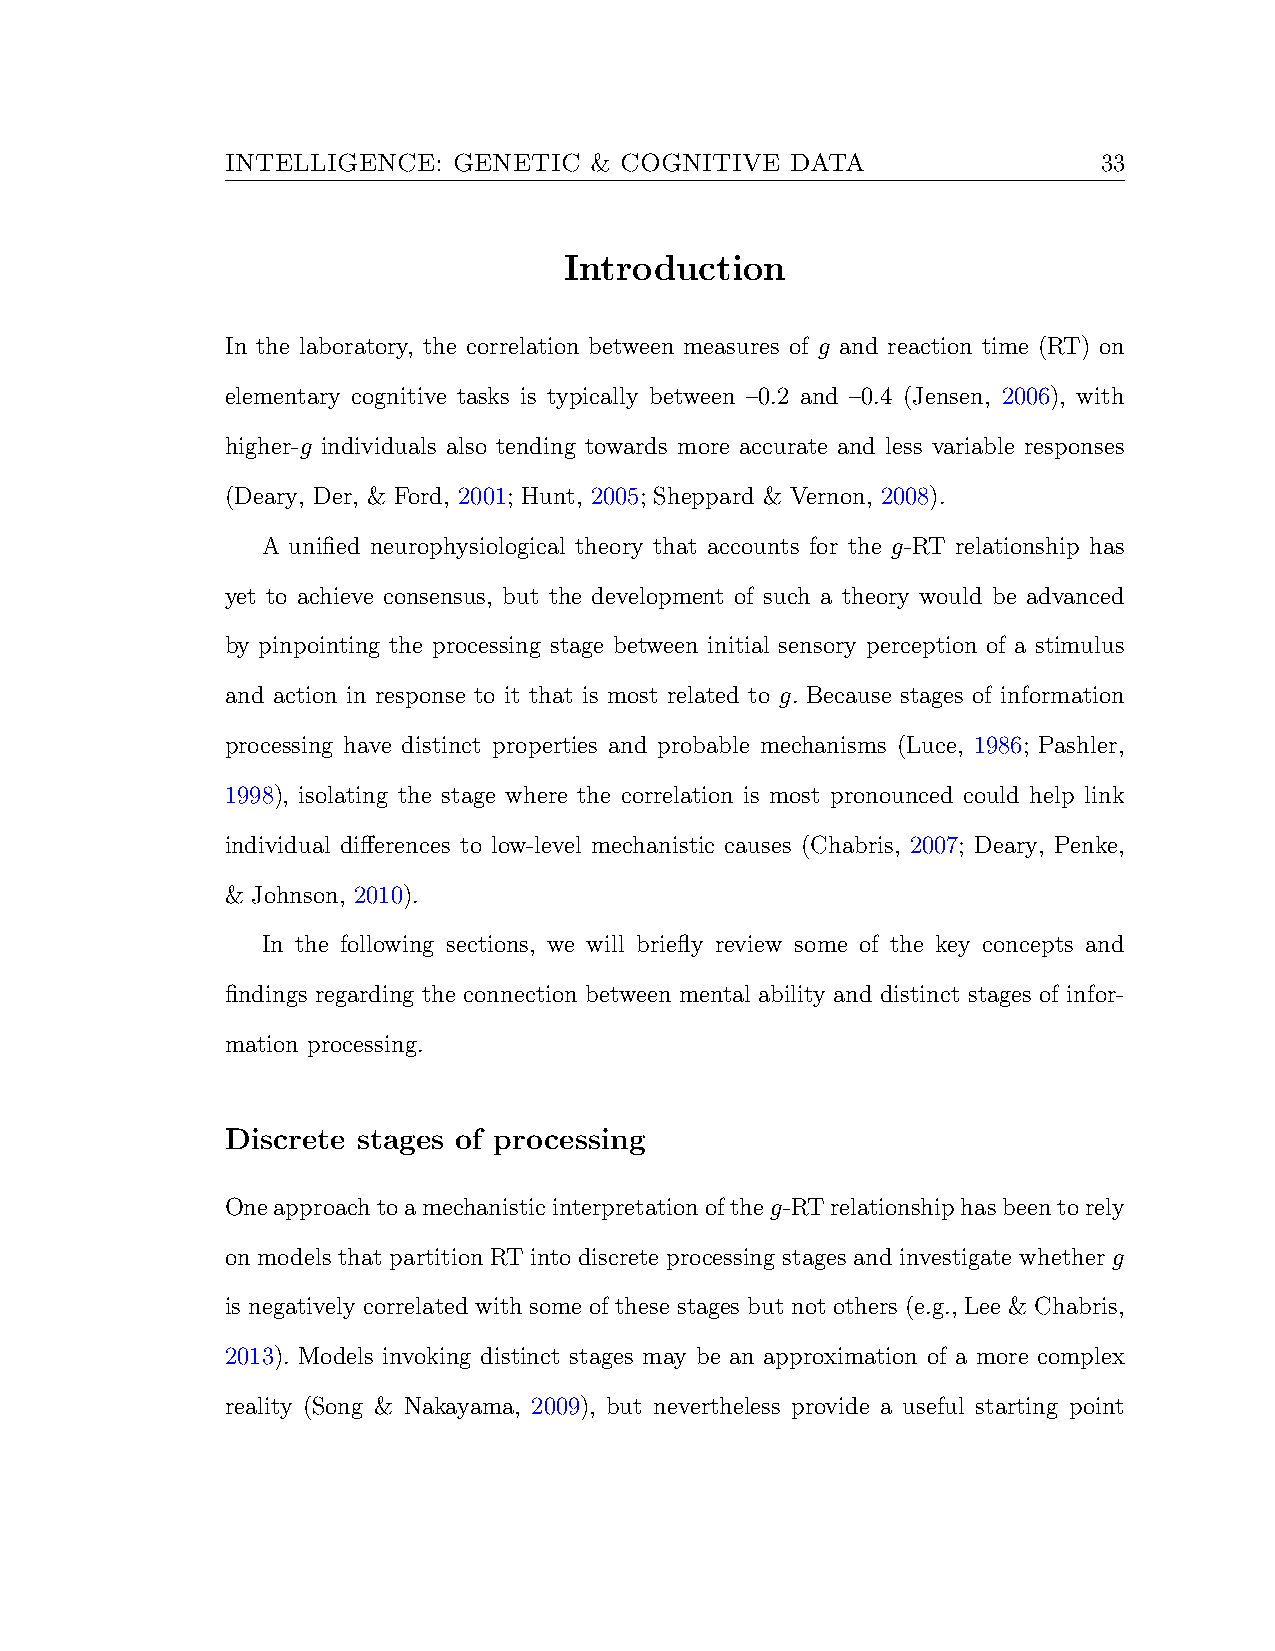
INTELLIGENCE:  GENETIC  & COGNITIVE  DATA                 33
 Introduction
 In the laboratory, the correlation between measures of g and reaction time (RT) on
 elementary cognitive tasks is typically between –0.2 and –0.4 (Jensen, 2006), with
 higher-g individuals also tending towards more accurate and less variable responses
 (Deary, Der, & Ford, 2001; Hunt, 2005; Sheppard & Vernon, 2008).
 A unified neurophysiological theory that accounts for the g-RT relationship has
 yet to achieve consensus, but the development of such a theory would be advanced
 by pinpointing the processing stage between initial sensory perception of a stimulus
 and action in response to it that is most related to g. Because stages of information
 processing have distinct properties and probable mechanisms (Luce, 1986; Pashler,
 1998), isolating the stage where the correlation is most pronounced could help link
 individual differences to low-level mechanistic causes (Chabris, 2007; Deary, Penke,
 & Johnson, 2010).
 In the following sections, we will briefly review some of the key concepts and
 findings regarding the connection between mental ability and distinct stages of infor-
 mation processing.
 Discrete stages of processing
 Oneapproachtoamechanisticinterpretationoftheg-RTrelationshiphasbeentorely
 on models that partition RT into discrete processing stages and investigate whether g
 is negatively correlated with some of these stages but not others (e.g., Lee & Chabris,
 2013). Models invoking distinct stages may be an approximation of a more complex
 reality (Song & Nakayama, 2009), but nevertheless provide a useful starting point